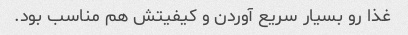
غذا رو بسیار سریع آوردن و کیفیتش هم مناسب بود.